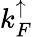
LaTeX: k_{F}^{\mathord{\uparrow}}